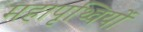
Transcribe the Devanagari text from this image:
महापृथ्वियों